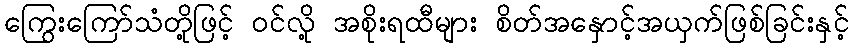
ကြွေးကြော်သံတို့ဖြင့် ဝင်လို့ အစိုးရထီများ စိတ်အနှောင့်အယှက်ဖြစ်ခြင်းနှင့်